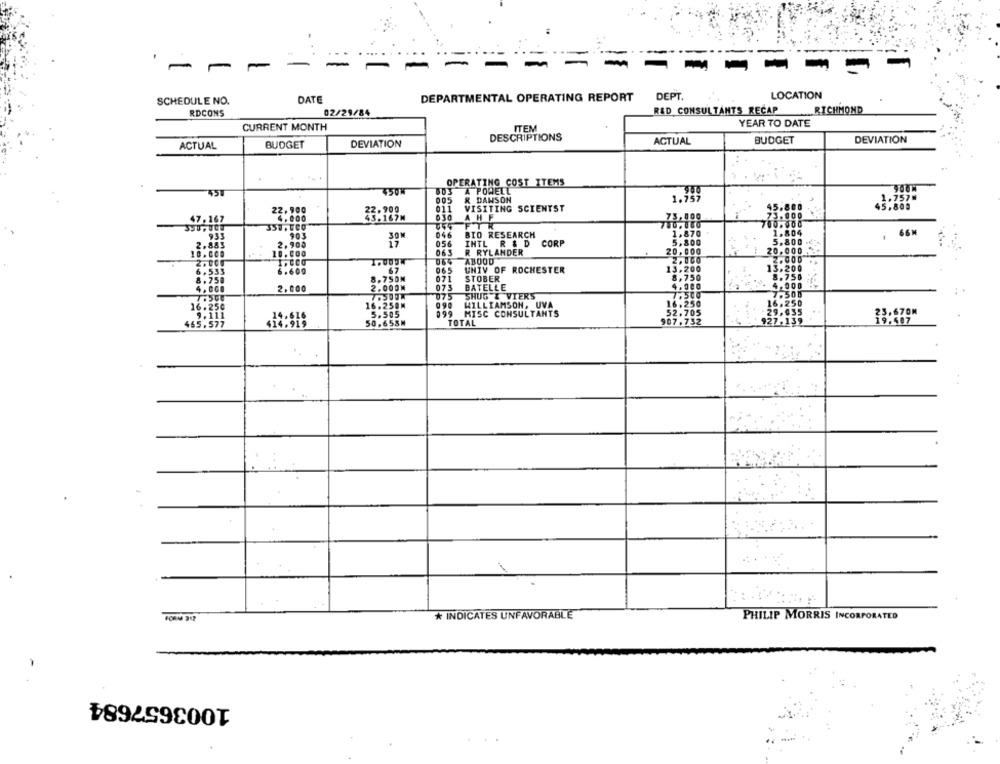
-
-
-
-
-
SCHEDULE NO.
DATE
DEPARTMENTAL OPERATING REPORT
DEPT.
LOCATION
RDCONS
02/29/84
R&D CONSULTANTS RECAP
RICHMOND
YEAR TO DATE
CURRENT MONTH
ITEM
DESCRIPTIONS
ACTUAL
BUDGET
DEVIATION
ACTUAL
BUDGET
DEVIATION
OPERATING COST ITEMS
450W
A POWELL
900
"45U
005
R DANSON
1.757
1.757#
011
45.800
45,800
22, 900
030
VISITING SCIENTST
73.000
47.167
23:189M
AHF
FTR
78.188
10.000
933
046
BIO RESEARCH
1.804
.
2.883
39
056
INTL R & D
CORP
5.800 ₺
10.000
065
R RYLANDER
20,000
20.000
064
ABOOD
UNIV OF ROCHESTER
13,
3.200
67
065
8,750
200
8.756
8.750M
071
STOBER
2.000
2.000M
073
BATELLE
4.000
075
SHUG & VIERS
16.250M
0.90
WILLIAMSON, UVA
16:258
5.505
MISC CONSULTANTS
23.670M
TOTAL
907.7
19.407
465.577
50,653M
* INDICATES UNFAVORABLE
PHILIP MORRIS INCORPORATED
1003657684